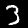
Digit: 3